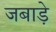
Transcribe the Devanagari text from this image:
जबाड़े